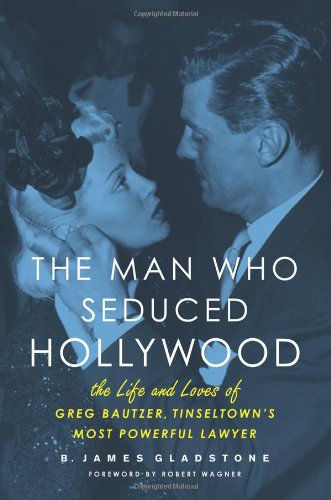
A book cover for The Man Who Seduced Hollywood: The Life and Loves of Greg Bautzer, Tinseltown's Most Powerful Lawyer; B. James Gladstone; Business & Money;